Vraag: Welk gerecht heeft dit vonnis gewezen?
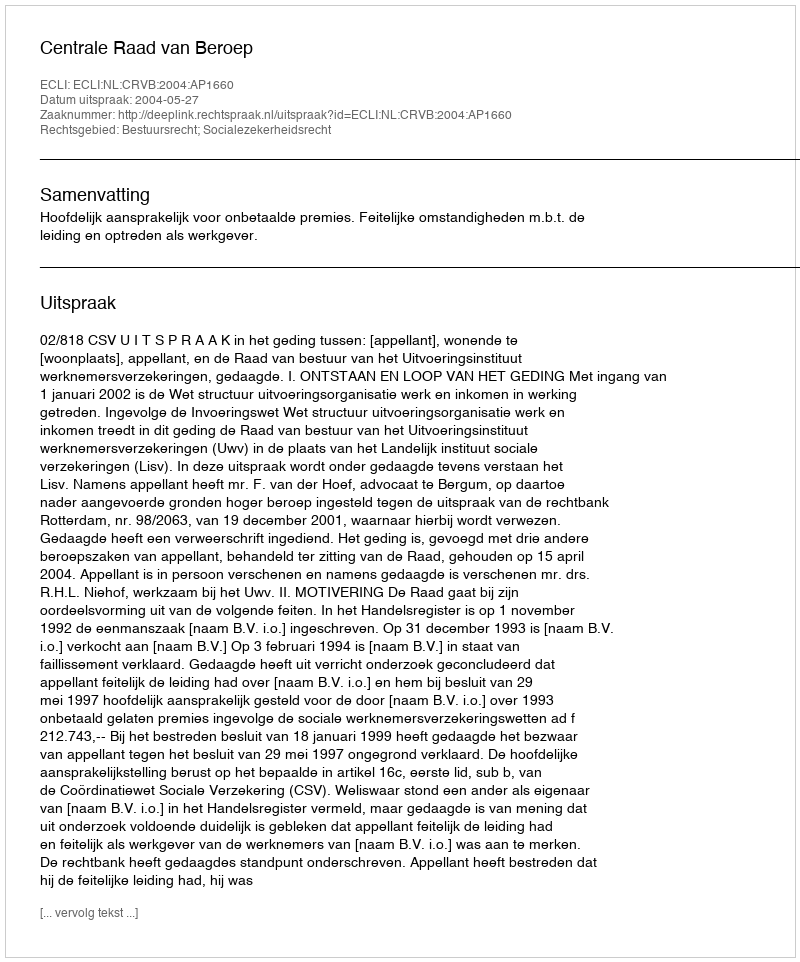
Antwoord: Centrale Raad van Beroep